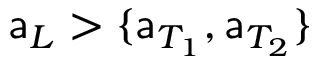
\mathsf { a } _ { L } > \{ \mathsf { a } _ { T _ { 1 } } , \mathsf { a } _ { T _ { 2 } } \}